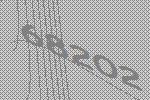
68202